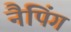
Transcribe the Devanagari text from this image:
नैपिंग